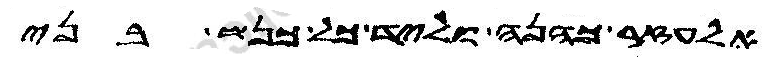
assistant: אלעזר כהנה וליד כל כנשת בני